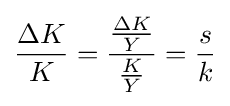
{{\Delta K} \over K}={{{\Delta K} \over Y} \over {K \over Y}}={s \over k}